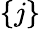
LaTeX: \lbrace j\rbrace